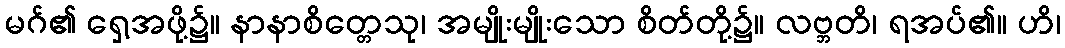
မဂ်၏ ရှေ့အဖို့၌။ နာနာစိတ္တေသု၊ အမျိုးမျိုးသော စိတ်တို့၌။ လဗ္ဘတိ၊ ရအပ်၏။ ဟိ၊